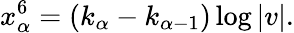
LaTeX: x_{\alpha}^{6}=(k_{\alpha}-k_{\alpha-1})\log|v|.